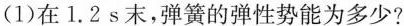
(1)在1.2s末，弹簧的弹性势能为多少?